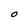
Character: O